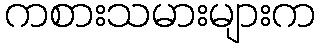
ကစားသမားများက